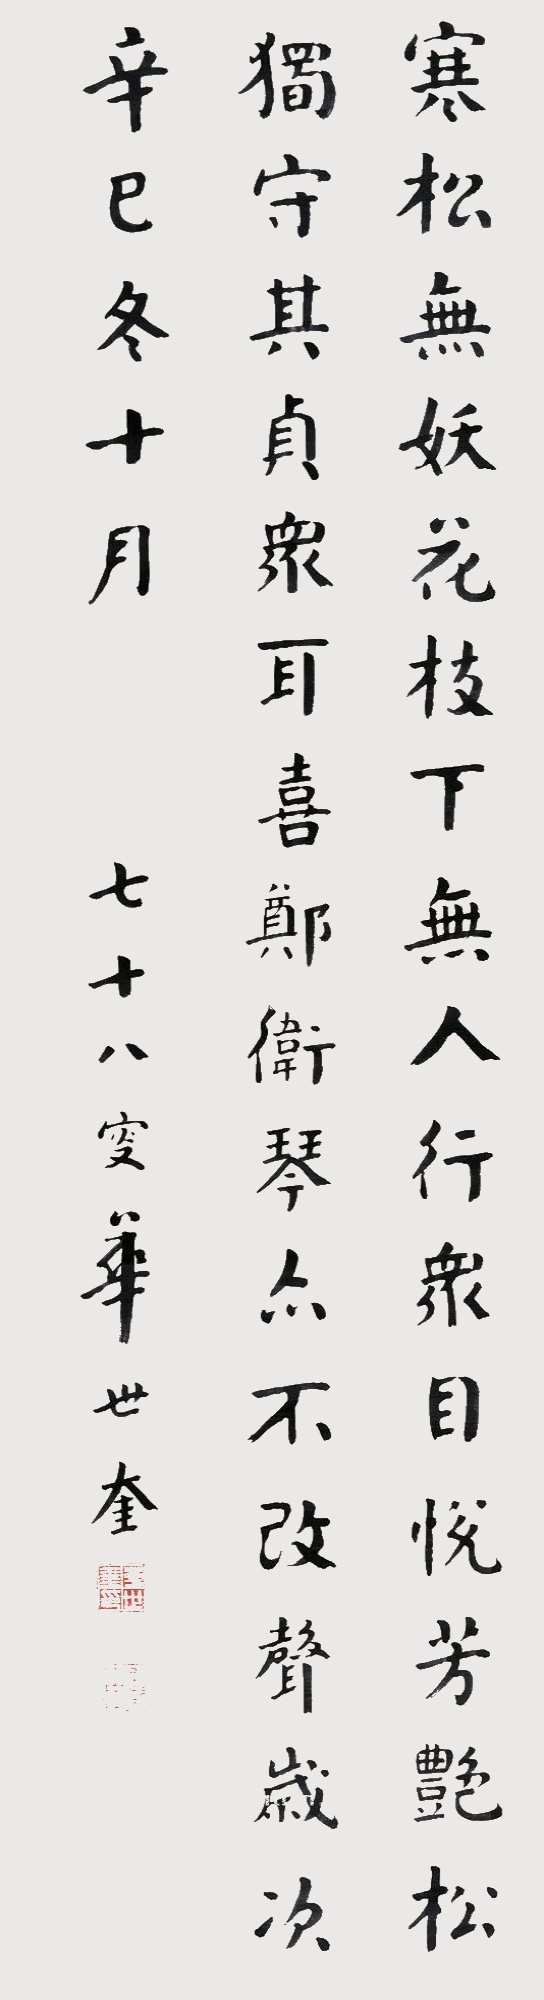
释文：寒松无妖花，枝下无人行。众目悦芳艳，松独守其贞。众耳喜郑卫，琴亦不改声。岁次辛巳冬十月，七十八叟华世奎。